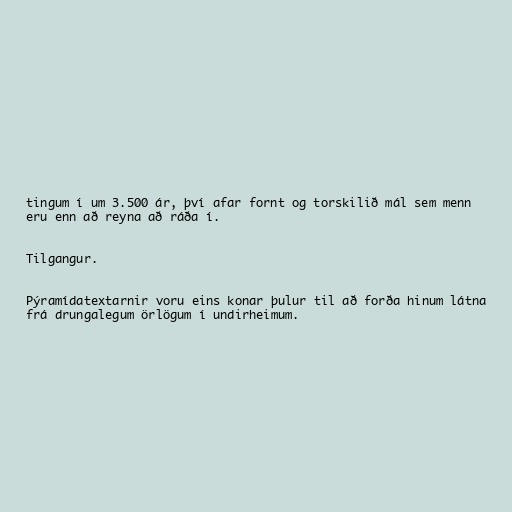
tingum í um 3.500 ár, því afar fornt og torskilið mál sem menn
eru enn að reyna að ráða í.

Tilgangur.

Pýramídatextarnir voru eins konar þulur til að forða hinum látna
frá drungalegum örlögum í undirheimum.